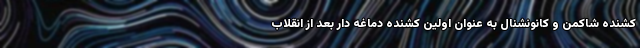
کشنده شاکمن و کانونشنال به عنوان اولین کشنده دماغه دار بعد از انقلاب